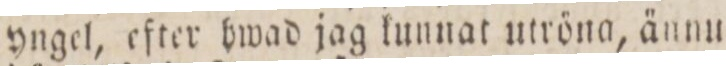
yngel, efter hwad jag kunnat utröna, ännu